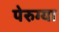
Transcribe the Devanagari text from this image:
पेरुग्या